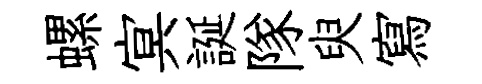
螺㝠誕隊臾寫